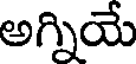
అగ్నియే